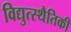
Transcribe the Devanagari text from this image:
विद्युत्स्थैतिकी